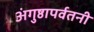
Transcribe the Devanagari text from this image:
अंगुष्ठापर्वतनी